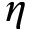
\eta